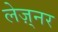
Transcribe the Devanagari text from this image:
लेज़्नर